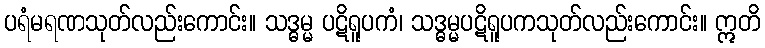
ပရံမရဏသုတ်လည်းကောင်း။ သဒ္ဓမ္မ ပဋိရူပကံ၊ သဒ္ဓမ္မပဋိရူပကသုတ်လည်းကောင်း။ ဣတိ